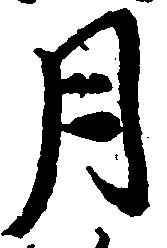
月